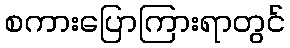
စကားပြောကြားရာတွင်